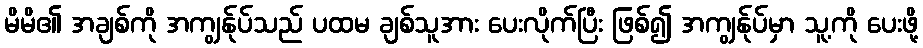
မိမိ၏ အချစ်ကို အကျွန်ုပ်သည် ပထမ ချစ်သူအား ပေးလိုက်ပြီး ဖြစ်၍ အကျွန်ုပ်မှာ သူ့ကို ပေးဖို့